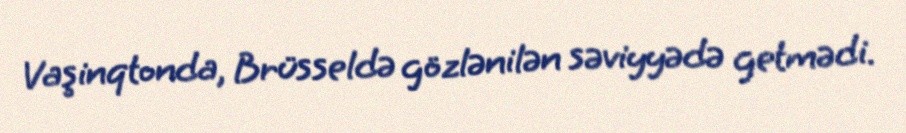
Vaşinqtonda, Brüsseldə gözlənilən səviyyədə getmədi.